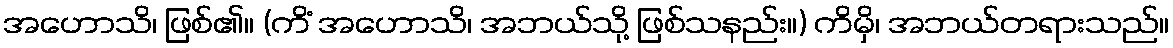
အဟောသိ၊ ဖြစ်၏။ (ကိံ အဟောသိ၊ အဘယ်သို့ ဖြစ်သနည်း။) ကိမှိ၊ အဘယ်တရားသည်။